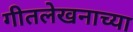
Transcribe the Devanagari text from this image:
गीतलेखनाच्या